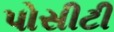
પોસીટી